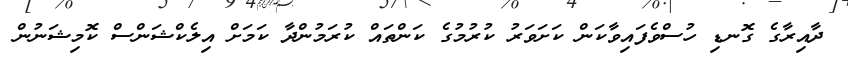
ދާއިރާގެ ގޮނޑި ހުސްވެފައިވާކަން ކަށަވަރު ކުރުމުގެ ކަންތައް ކުރަމުންދާ ކަމަށް އިލެކްޝަންސް ކޮމިޝަނުން